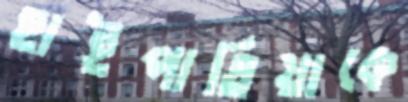
হাইপাতিয়াকে